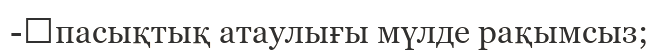
-	пасықтық атаулығы мүлде рақымсыз;